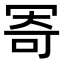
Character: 𠖏